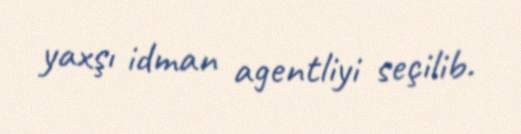
yaxşı idman agentliyi seçilib.